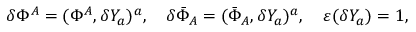
\delta \Phi ^ { A } = ( \Phi ^ { A } , \delta Y _ { a } ) ^ { a } , \quad \delta \bar { \Phi } _ { A } = ( \bar { \Phi } _ { A } , \delta Y _ { a } ) ^ { a } , \quad \varepsilon ( \delta Y _ { a } ) = 1 ,